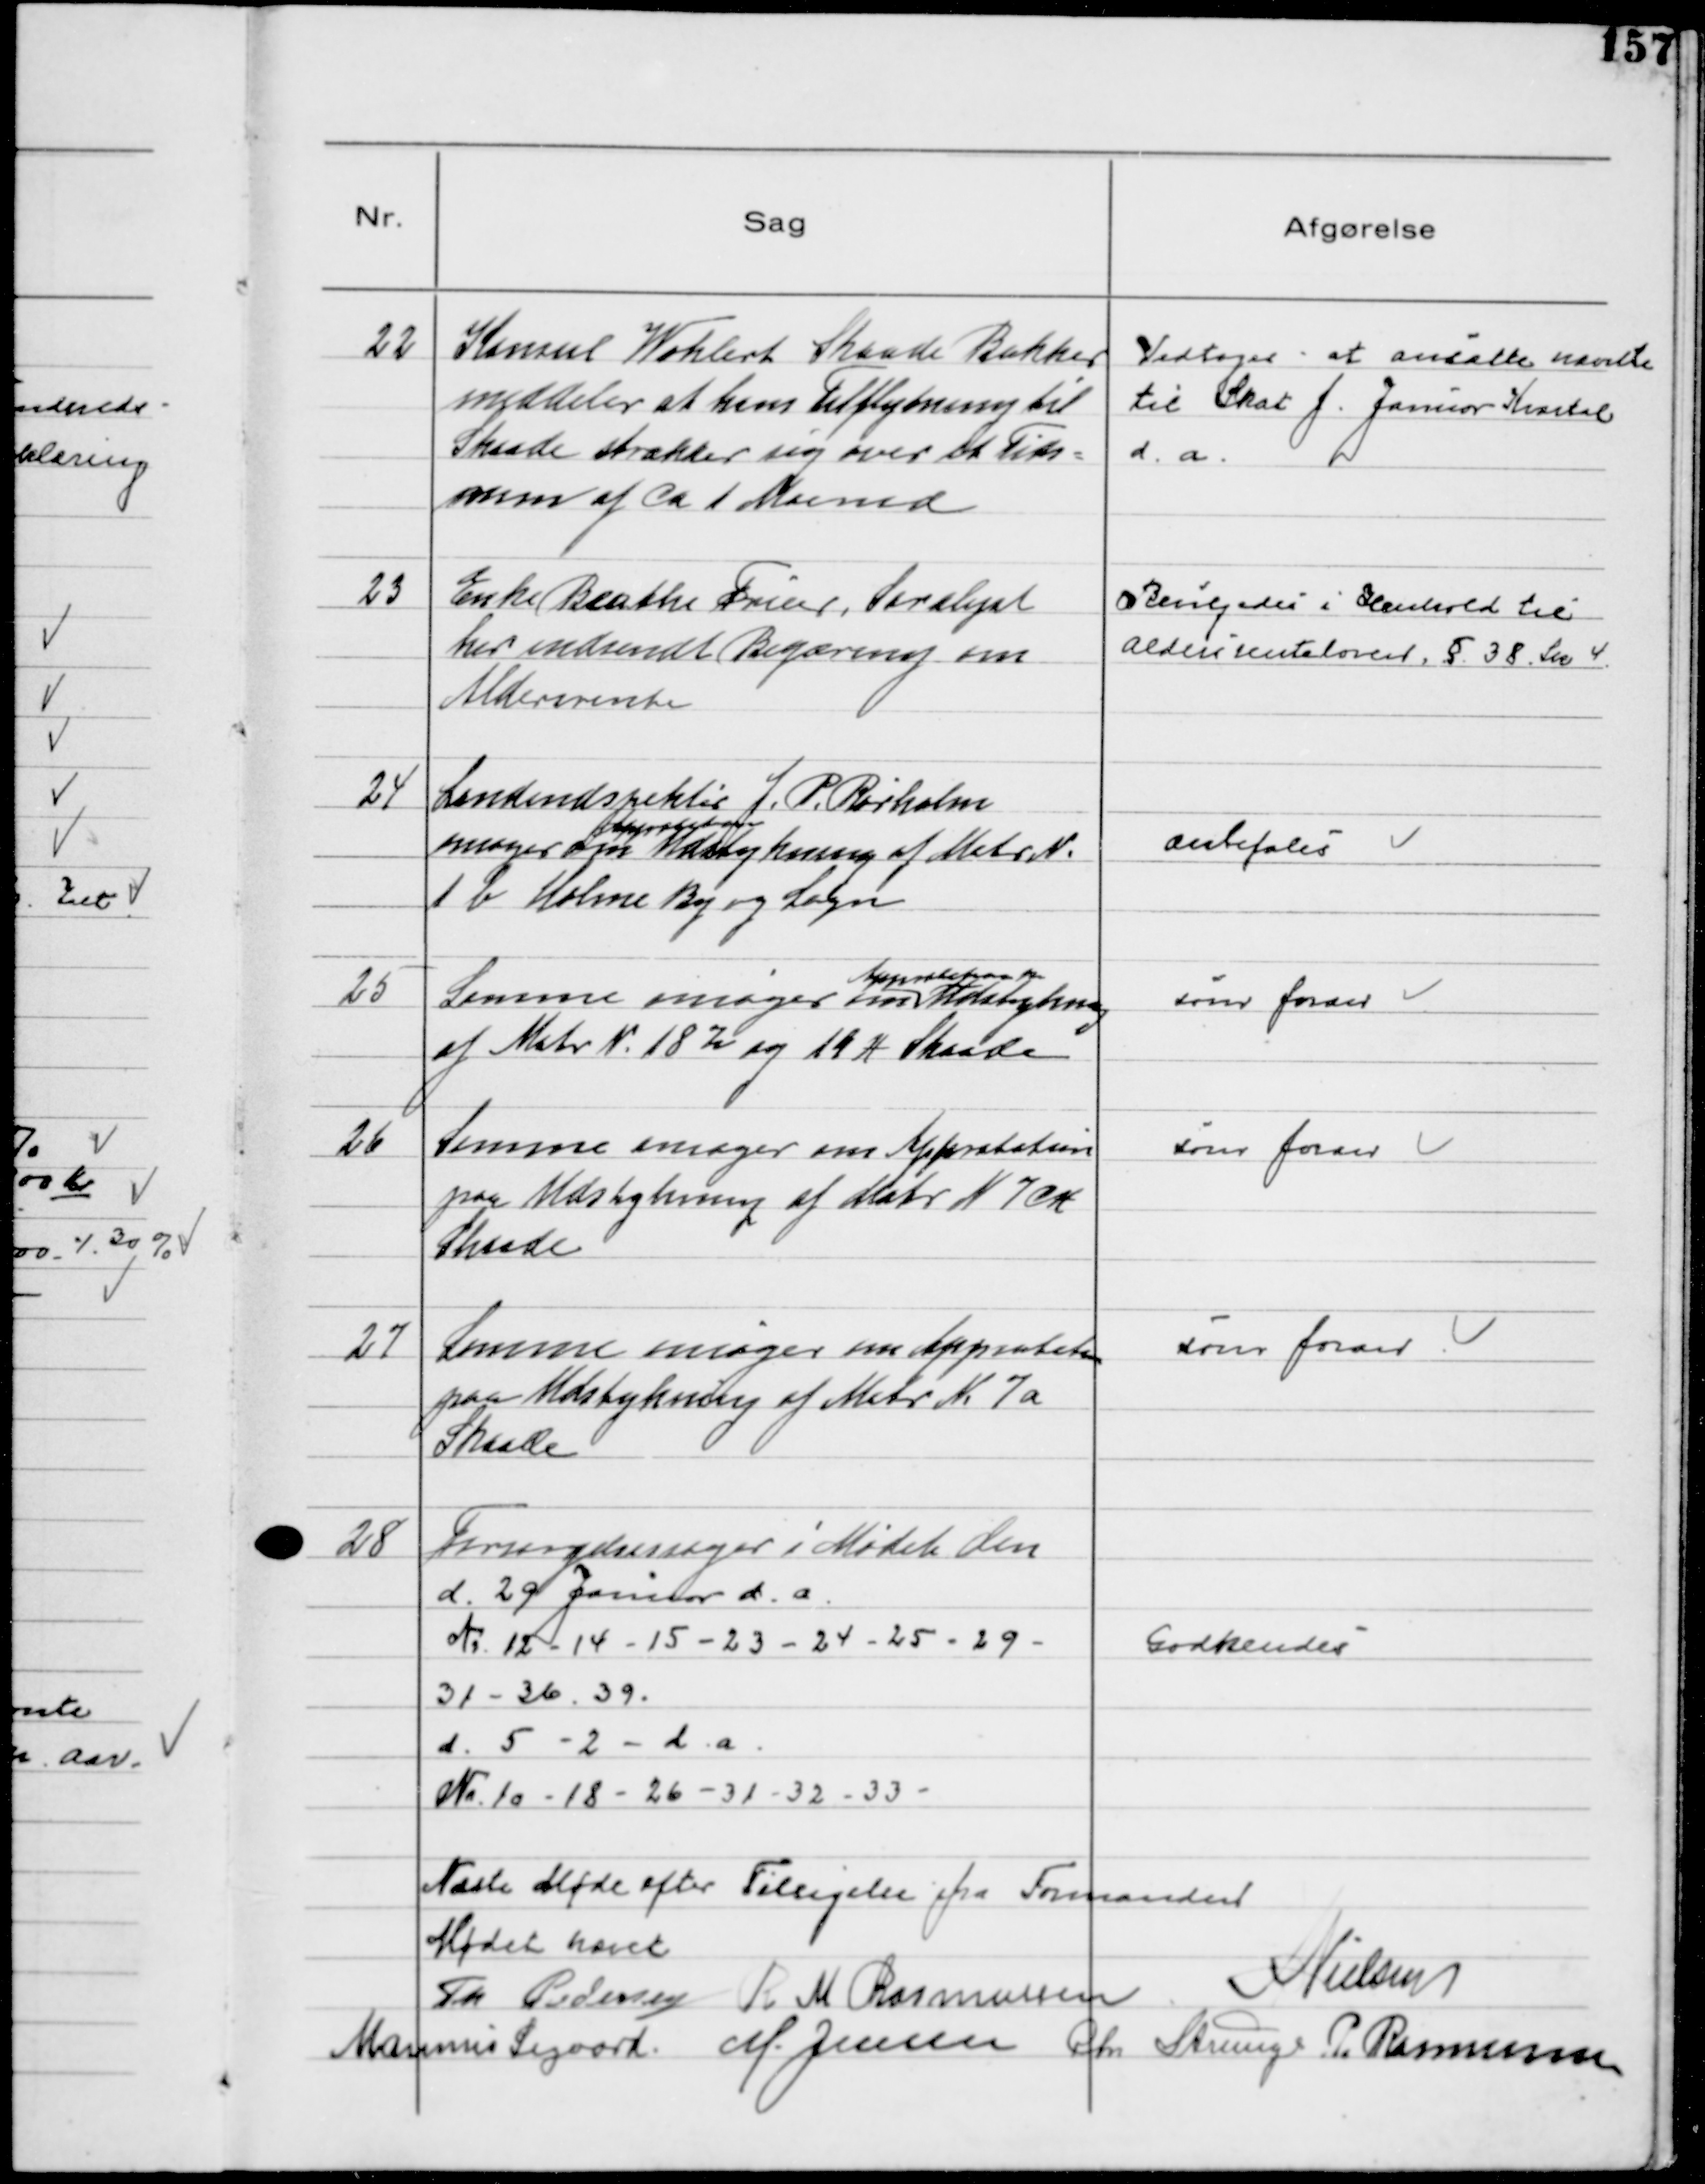
Transskription:
22
Konsul Wohlert Skaade Bakker
meddeler at hans Tilflytning til
Skaade strækker sig over et Tids=
rum af ca 1 Maaned

Vedtoges at ansætte nævnte
til Skat f. Januar Kvartal
d. a.

23
Enke Beathe Frier, Saralyst
har indsendt Begæring om
Aldersrente

Bevilgedes i Henhold til
Aldersrenteloven § 38 Stk 4

24
Landindspektør J. P. Rørholm
ansøger om
Approbation
Udstykning af Matr №
1 b Holme By og Sogn

Anbefales

25
Samme ansøger om
Approbation paa
Udstykning
af Matr №18 z og 19 H Skaade

som foran

26
Samme ansøger om Approbation
paa Udstykning af Matr N 7 CH
Skaade

som foran

27
Samme ansøger om Approbation
paa Udstykning af Matr № 7a
Skaade

som foran

28
Forsørgelsessager i Mødet den
d. 29 Januar d. a.
№ 12 - 14 - 15 - 23 - 24 - 25 - 29 
31 - 36 - 39.
d. 5 - 2 - d. a.
№ 10 - 18 - 26 - 31 - 32 - 33

Godkendes

Næste Møde efter Tilsigelse fra Formanden
Mødet hævet
Th Pdersen R M Rasmussen 
N Nielsen
Marinus Sigaard M. Jensen Chr Strunge P. Rasmussen